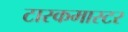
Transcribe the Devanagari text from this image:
टास्कमास्टर